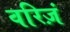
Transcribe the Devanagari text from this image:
वरिज़ं